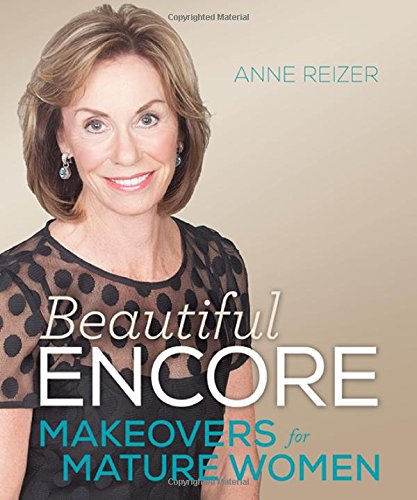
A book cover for Beautiful Encore: Makeovers for Mature Women; Anne Reizer; Health, Fitness & Dieting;